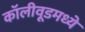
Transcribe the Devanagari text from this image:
कॉलीवूडमध्ये